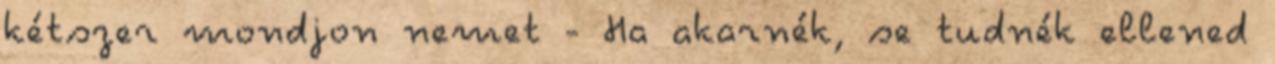
kétszer mondjon nemet - Ha akarnék, se tudnék ellened